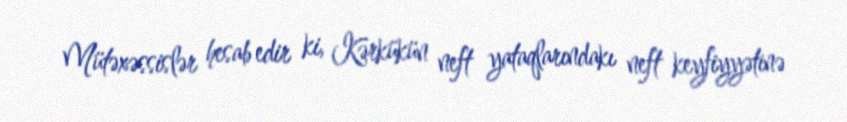
Mütəxəssislər hesab edir ki, Kərkükün neft yataqlarındakı neft keyfiyyətinə